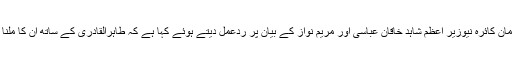
پاکستان پیپلز پارٹی پنجاب کے صدر قمر زمان کائرہ نیوزیر اعظم شاہد خاقان عباسی اور مریم نواز کے بیان پر ردعمل دیتے ہوئے کہا ہے کہ طاہرالقادری کے ساتھ ان کا ملنا صرف قاتلوں کیلئے خطرے کی گھنٹی ہے۔